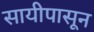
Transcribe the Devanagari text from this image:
सायीपासून